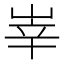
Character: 峷